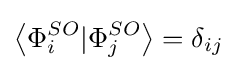
\left\langle \Phi _{i}^{SO}|\Phi _{j}^{SO}\right\rangle =\delta _{ij}